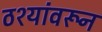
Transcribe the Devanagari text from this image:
ठश्यांवरून